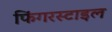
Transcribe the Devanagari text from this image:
फिंगरस्टाइल